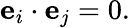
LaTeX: \mathbf{e}_{i}\cdot\mathbf{e}_{j}=0.